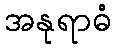
အနုရာဓံ